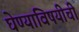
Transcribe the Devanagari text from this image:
घेण्याविषयीची